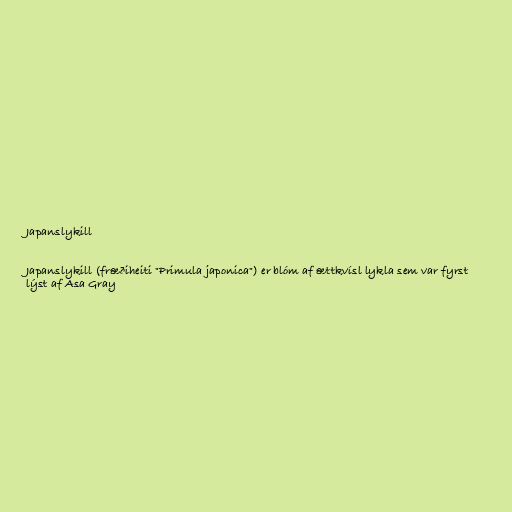
Japanslykill

Japanslykill (fræðiheiti "Primula japonica") er blóm af ættkvísl lykla sem var fyrst
lýst af Asa Gray